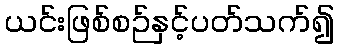
ယင်းဖြစ်စဉ်နှင့်ပတ်သက်၍